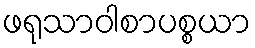
ဖရုသာဝါစာပစ္စယာ